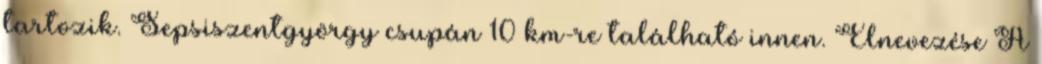
tartozik. Sepsiszentgyörgy csupán 10 km-re található innen. Elnevezése A